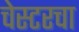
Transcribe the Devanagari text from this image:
चेस्टरचा